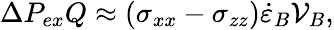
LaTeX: \Delta P_{ex}Q\approx(\sigma_{xx}-\sigma_{zz})\dot{\varepsilon}_{B}\mathcal{V}_{B},